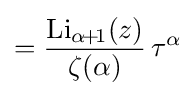
={\frac {{\textrm {Li}}_{\alpha \!+\!1}(z)}{\zeta (\alpha )}}\,\tau ^{\alpha }